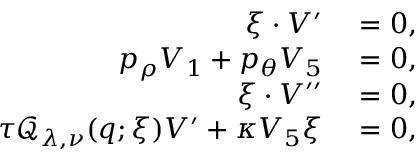
\begin{array} { r l } { \xi \cdot V ^ { \prime } } & { { } = 0 , } \\ { p _ { \rho } V _ { 1 } + p _ { \theta } V _ { 5 } } & { { } = 0 , } \\ { \xi \cdot V ^ { \prime \prime } } & { { } = 0 , } \\ { \tau \mathcal { Q } _ { \lambda , \nu } ( q ; \xi ) V ^ { \prime } + \kappa V _ { 5 } \xi } & { { } = 0 , } \end{array}